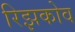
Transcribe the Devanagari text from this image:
रिझकोव